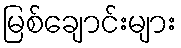
မြစ်ချောင်းများ